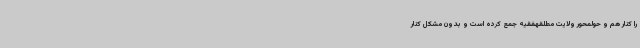
را کنار هم و حولمحور ولایت مطلقهفقیه جمع کرده است و بدون مشکل کنار